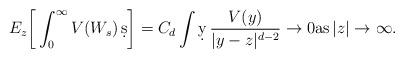
LaTeX: \begin{align*}E_z\bigg[\int_0^\infty V(W_s) \, \d s \bigg] = C_d \int \d y \, \frac{V(y)}{|y-z|^{d-2}} \to 0 \mbox{as}\, |z|\to \infty.\end{align*}